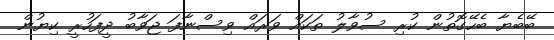
ބޭބެޔާ ބެހޭގޮތުން ކުރި ސުވާލު ތަކައް ވަރައް ވިސްނާފަ ޖަވާބު ދީފަހުރީ ކިޔުން